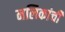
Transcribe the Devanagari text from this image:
नलिकांची